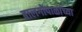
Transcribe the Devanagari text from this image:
बालगोपाळांच्या